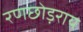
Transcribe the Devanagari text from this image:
रणछोड़राय